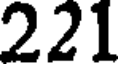
221